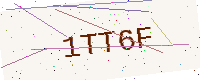
Text: 1TT6F